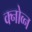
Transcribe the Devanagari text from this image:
क्नोव्न